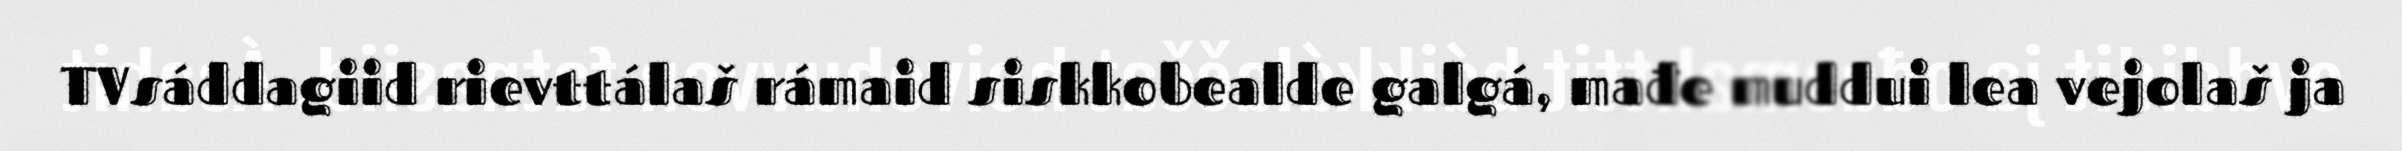
TVsáddagiid rievttálaš rámaid siskkobealde galgá, mađe muddui lea vejolaš ja